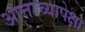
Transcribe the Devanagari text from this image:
आत्ताच्यापेक्षा